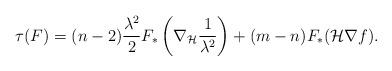
LaTeX: \begin{align*}\tau(F) = (n-2) \frac{\lambda^2}{2} F_\ast\left(\nabla_{\mathcal{H}}\frac{1}{\lambda^2} \right) + (m-n) F_\ast (\mathcal{H}\nabla f).\end{align*}